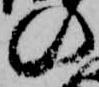
の